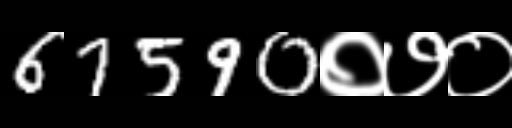
Text: 67590०७०